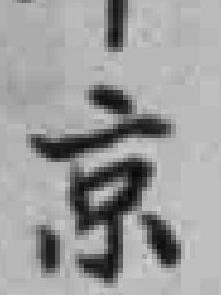
京